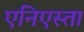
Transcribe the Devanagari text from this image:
एनिएस्ता